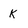
Character: K